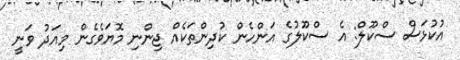
އުކުޅަސް ސްކޫލް: އެ ސްކޫލުގެ އަންހެން ކުދިންތަކެއް ޖިންނި މޮޔަވެގެން މިއަދު ވަނީ